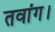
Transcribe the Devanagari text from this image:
तवांग।